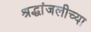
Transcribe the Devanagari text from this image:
श्रद्धांजलीच्या